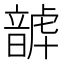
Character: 𩐮